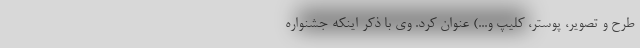
طرح و تصویر، پوستر، کلیپ و...) عنوان کرد. وی با ذکر اینکه جشنواره